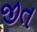
જીત